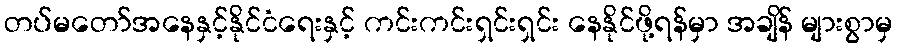
တပ်မတော်အနေနှင့်နိုင်ငံရေးနှင့် ကင်းကင်းရှင်းရှင်း နေနိုင်ဖို့ရန်မှာ အချိန် များစွာမှ